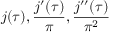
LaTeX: j ( \tau ) , { \frac { j ^ { \prime } ( \tau ) } { \pi } } , { \frac { j ^ { \prime \prime } ( \tau ) } { \pi ^ { 2 } } }